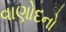
વાણોદનો